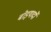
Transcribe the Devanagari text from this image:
बोइयार्दो